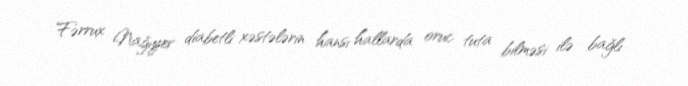
Fərrux Nağıyev diabetli xəstələrin hansı hallarda oruc tuta bilməsi ilə bağlı